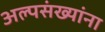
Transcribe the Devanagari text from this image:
अल्पसंख्यांना